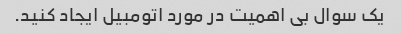
یک سوال بی اهمیت در مورد اتومبیل ایجاد کنید.